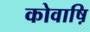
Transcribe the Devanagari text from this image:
कोवाष़ि